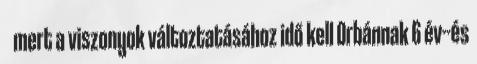
mert a viszonyok változtatásához idő kell Orbánnak 6 év--és